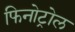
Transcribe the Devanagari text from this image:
फिनोट्रोल